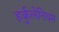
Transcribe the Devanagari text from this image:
हर्कुलेनियम